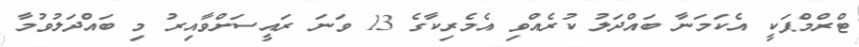
ޓްރްމްޕަކީ އެކަމަނާ ބައްދަލު ކުރެއްވި އެމެރިކާގެ 13 ވަނަ ރައީސަށްވާއިރު މި ބައްދަލުވުމާ